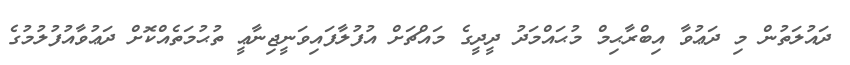
ދައުލަތުން މި ދަޢުވާ އިބްރާޙިމް މުޙައްމަދު ދީދީގެ މައްޗަށް އުފުލާފައިވަނީޖިނާޢީ ތުޙުމަތެއްކޮށް ދަޢުވާއުފުލުމުގެ